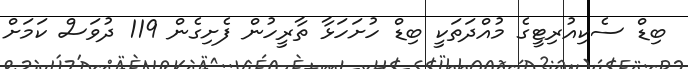
ބިޑް ސެކިއުރިޓީގެ މުއްދަތަކީ ބިޑް ހުށަހަޅާ ތާރީހުން ފެށިގެން 119 ދުވަސް ކަމަށް